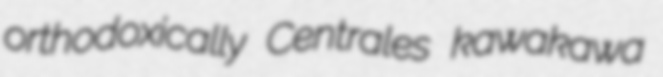
orthodoxically Centrales kawakawa